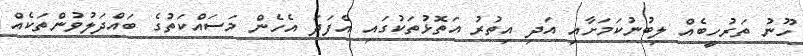
ހޫނު ތަރުހީބެއް ލިބުނުކަމަށާއި އަދި އިތުރު އަތޮޅުތަކުގައި އެފަދަ އެހެން މަސައްކަތުގެ ބައްދަލުވުންތަކެއް